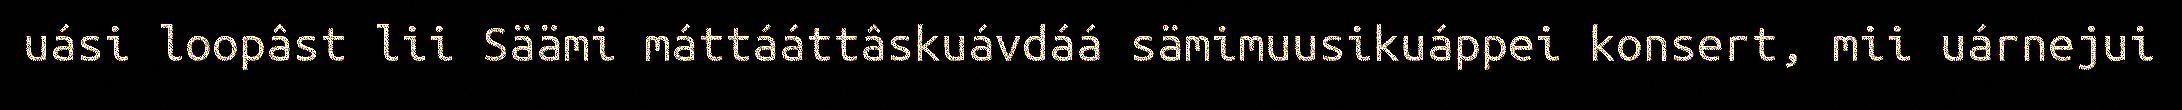
uási loopâst lii Säämi máttááttâskuávdáá sämimuusikuáppei konsert, mii uárnejui